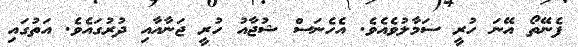
ފެނޭތޯ އޭނަ ހުރީ ސަމާލުވެއެވެ. އެހެނަސް ޝުޖާއު ހުރީ ޖަނާއާއި ދުރުގައެވެ. އަތުގައި